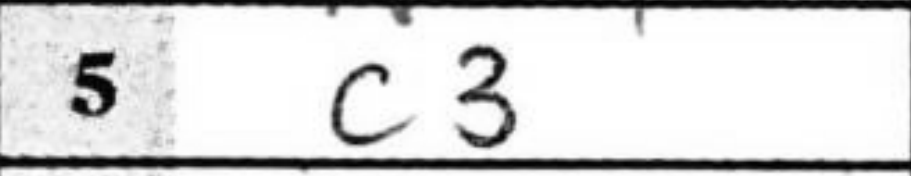
Transcription: c3